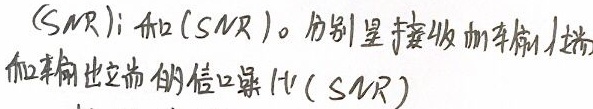
$(SNR)_i$和$(SNR)_o$分别是接收侧和发射侧的信噪比(SNR)